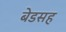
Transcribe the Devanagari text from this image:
बेडसह